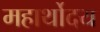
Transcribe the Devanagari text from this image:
महार्थोदय